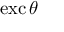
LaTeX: \operatorname { e x c } \theta